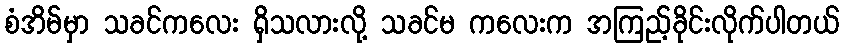
စံအိမ်မှာ သခင်ကလေး ရှိသလားလို့ သခင်မ ကလေးက အကြည့်ခိုင်းလိုက်ပါတယ်